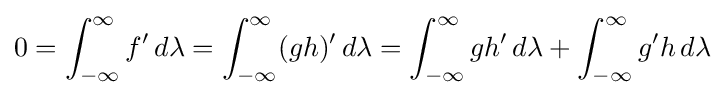
0=\int _{-\infty }^{\infty }f'\,d\lambda =\int _{-\infty }^{\infty }(gh)'\,d\lambda =\int _{-\infty }^{\infty }gh'\,d\lambda +\int _{-\infty }^{\infty }g'h\,d\lambda